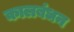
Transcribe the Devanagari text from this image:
कालबंधन